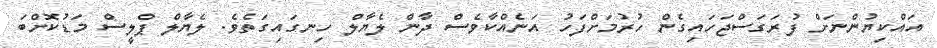
އައްކިޔުންނަށް ފުރަގަސްޖަހައިގެން ހުރުމަށްފަހު އަނެއްކާވެސް ދާން ލެޔާލް ހިނގައިގަތެވެ. ލެޔާލް ޕްލީސް މަޑުކޮށްބަ